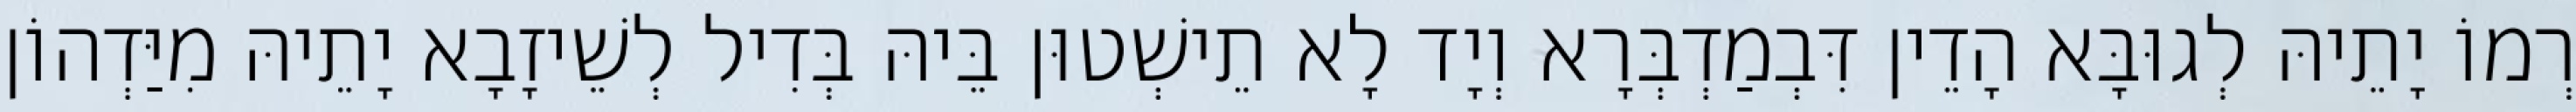
רְמוֹ יָתֵיהּ לְגוּבָּא הָדֵין דִּבְמַדְבְּרָא וְיָד לָא תֵישְׁטוּן בֵּיהּ בְּדִיל לְשֵׁיזָבָא יָתֵיהּ מִיַּדְהוֹן